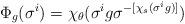
LaTeX: \begin{align*}\Phi_g(\sigma^i) = \chi_\theta(\sigma^ig\sigma^{-[\chi_s(\sigma^ig)]})\end{align*}